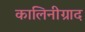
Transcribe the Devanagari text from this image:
कालिनीग्राद